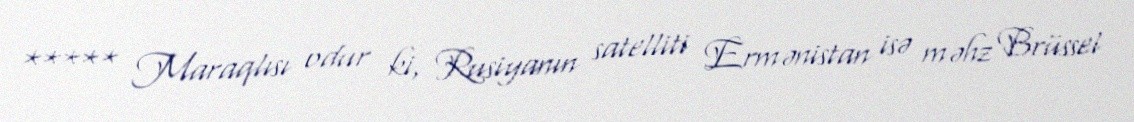
***** Maraqlısı odur ki, Rusiyanın satelliti Ermənistan isə məhz Brüssel